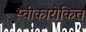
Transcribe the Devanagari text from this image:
स्वीकारोकित